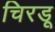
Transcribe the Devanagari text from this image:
चिरडू